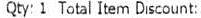
QTY: 1 TOTAL ITEM DISCOUNT: